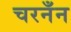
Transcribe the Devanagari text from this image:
चरनँन